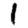
Digit: 1